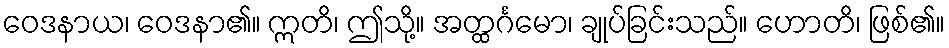
ဝေဒနာယ၊ ဝေဒနာ၏။ ဣတိ၊ ဤသို့။ အတ္ထင်္ဂမော၊ ချုပ်ခြင်းသည်။ ဟောတိ၊ ဖြစ်၏။